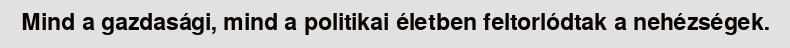
Mind a gazdasági, mind a politikai életben feltorlódtak a nehézségek.